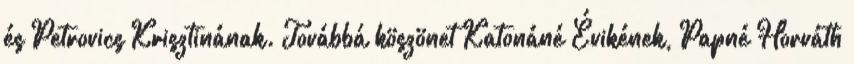
és Petrovics Krisztinának. Továbbá köszönet Katonáné Évikének, Papné Horváth